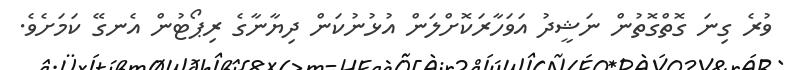
ވުރެ ގިނަ ގޮތްގޮތުން ނަޝީދު އަވަހާރަކޮށްލަން އުޅުނުކަން ދިޔާނާގެ ރިޕޯޓުން އެނގޭ ކަމަށެވެ.